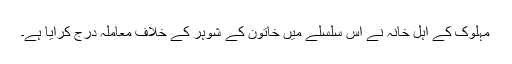
مہلوک کے اہل خانہ نے اس سلسلے میں خاتون کے شوہر کے خلاف معاملہ درج کرایا ہے۔